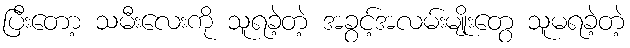
ပြီးတော့ သမီးလေးကို သူရခဲ့တဲ့ အခွင့်အလမ်းမျိုးတွေ သူမရခဲ့တဲ့